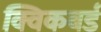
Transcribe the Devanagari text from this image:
क्विकबर्ड